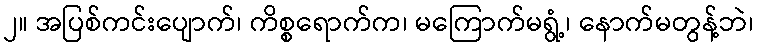
၂။ အပြစ်ကင်းပျောက်၊ ကိစ္စရောက်က၊ မကြောက်မရွံ့၊ နောက်မတွန့်ဘဲ၊